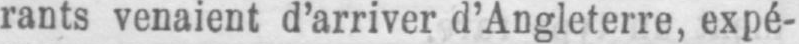
rants venaient d’arriver d’Angleterre, expé-